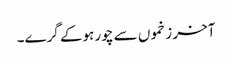
آخر زخموں سے چور ہوکے گرے۔